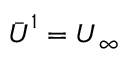
\bar { \boldsymbol { U } } ^ { 1 } = \boldsymbol { U } _ { \infty }